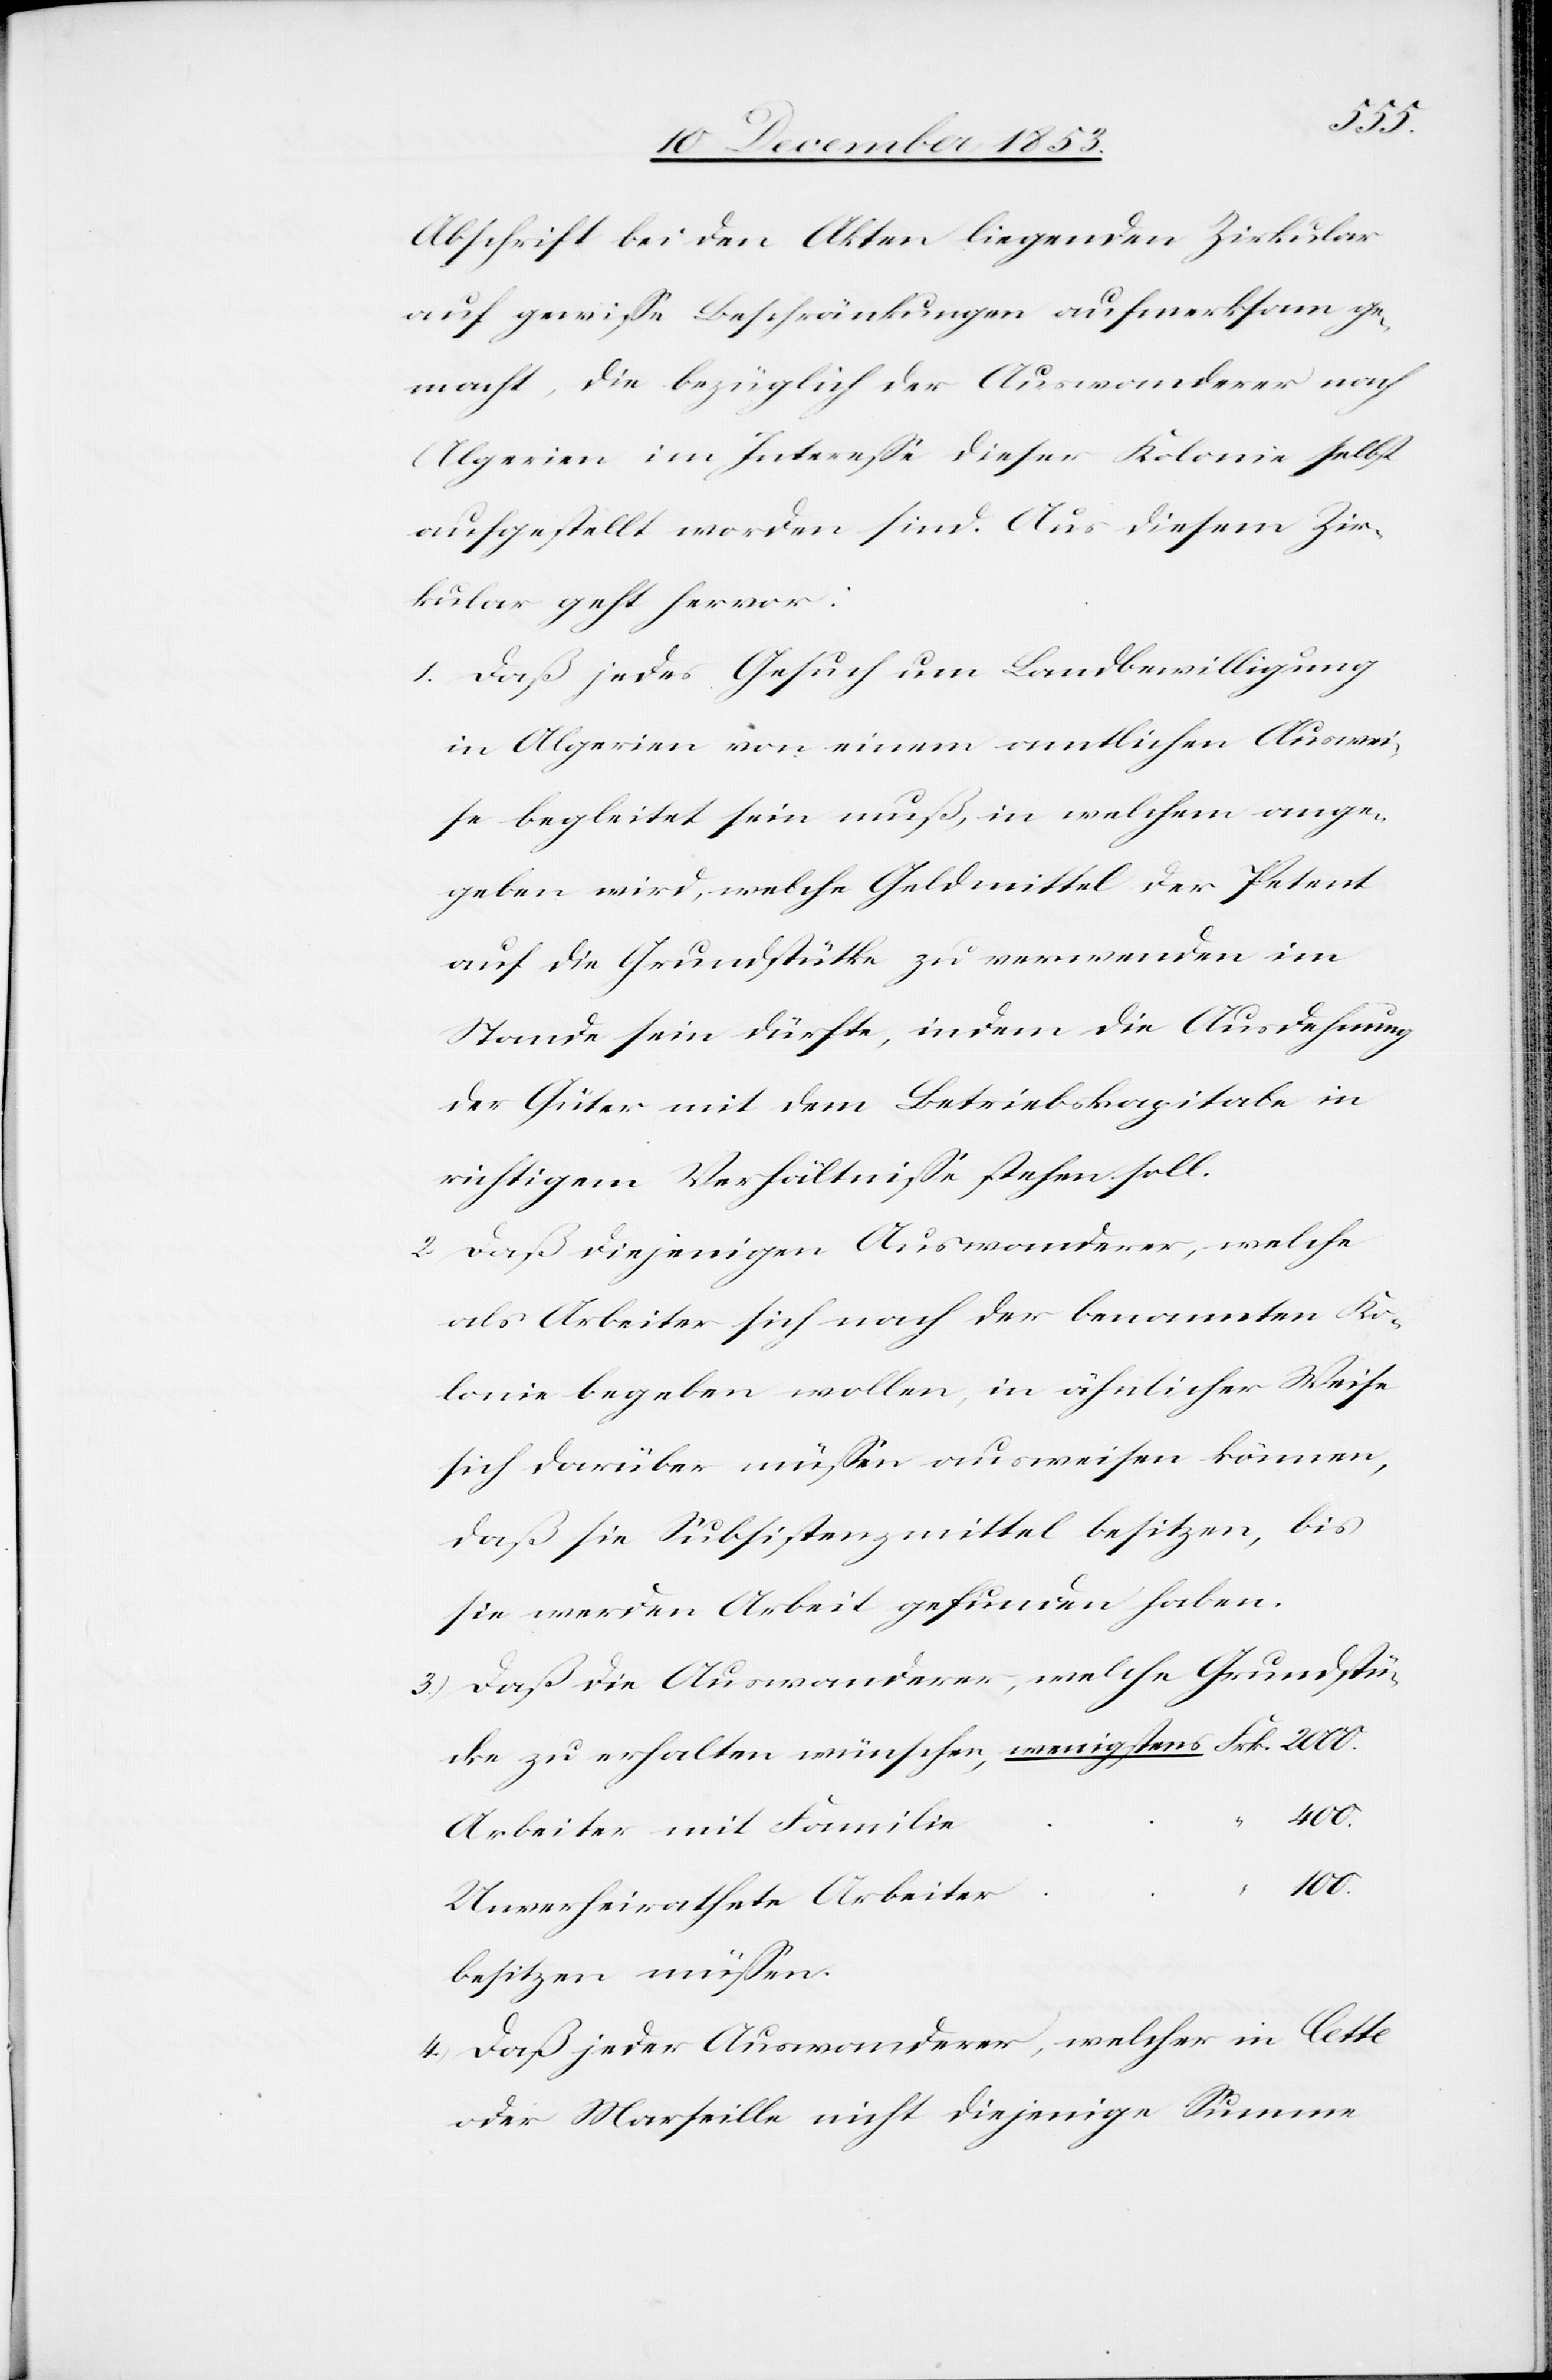
Abschrift bei den Akten liegenden Zirkular
auf gewiße Beschränkungen aufmerksam ge¬
macht, die bezüglich der Auswanderer nach
Algerien im Intereße dieser Kolonie selbst
aufgestellt worden sind. Aus diesem Zir¬
kular geht hervor:
1. Daß jedes Gesuch um Landbewilligung
in Algerien von einem amtlichen Auswei¬
se begleitet sein muß, in welchem ange¬
geben wird, welche Geldmittel der Petent
auf die Grundstücke zu verwenden im
Stande sein dürfte, indem die Ausdehnung
der Güter mit dem Betriebskapitale in
richtigem Verhältniße stehen soll.
2. Daß diejenigen Auswanderer, welche
als Arbeiter sich nach der benannten Ko¬
lonie begeben wollen, in ähnlicher Weise
sich darüber müßen ausweisen können,
daß sie Subsistenzmittel besitzen, bis
sie werden Arbeit gefunden haben.
3.) Daß die Auswanderer, welche Grundstü¬
cke zu erhalten wünschen, wenigstens Frk. 2000
100.
besitzen müßen.
4.) Daß jeder Auswanderer, welcher in Lette
oder Marseille nicht diejenige Summe